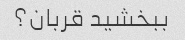
ببخشید قربان؟